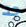
جد